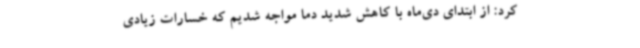
کرد: از ابتدای دی‌ماه با کاهش شدید دما مواجه شدیم که خسارات زیادی